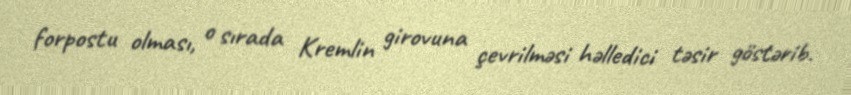
forpostu olması, o sırada Kremlin girovuna çevrilməsi həlledici təsir göstərib.